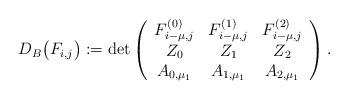
LaTeX: \begin{align*}D_B\big(F_{i,j}\big):=\det\left(\begin{array}{ccc}F^{(0)}_{i-\mu,j}&F^{(1)}_{i-\mu,j}&F^{(2)}_{i-\mu,j}\\Z_0&Z_1&Z_2\\A_{0,\mu_1}& A_{1,\mu_1}& A_{2,\mu_1}\end{array}\right).\end{align*}